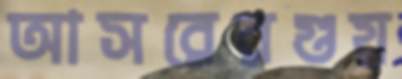
আসরেরগুয়